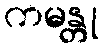
ကမန္တု